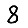
Digit: 8